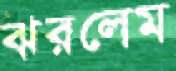
ঝরলেম